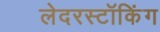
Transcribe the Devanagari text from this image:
लेदरस्टॉकिंग